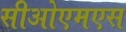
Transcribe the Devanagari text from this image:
सीओएमएस